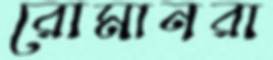
রোমানরা